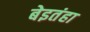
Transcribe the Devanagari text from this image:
बेइतंहा